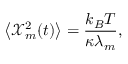
\left< \mathcal { X } _ { m } ^ { 2 } ( t ) \right> = \frac { k _ { B } T } { \kappa \lambda _ { m } } ,